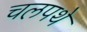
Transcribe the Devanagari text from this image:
चलपथे